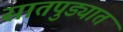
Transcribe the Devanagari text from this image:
सातपुड्यात